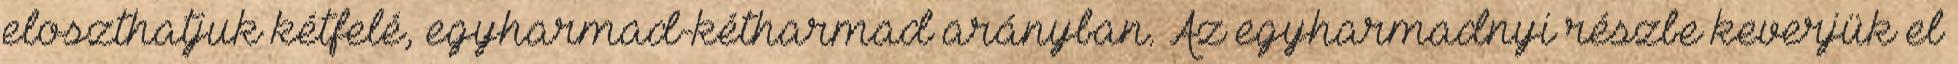
eloszthatjuk kétfelé, egyharmad-kétharmad arányban. Az egyharmadnyi részbe keverjük el